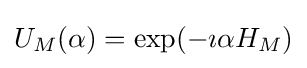
U_{M}(\alpha )=\exp(-\imath \alpha H_{M})